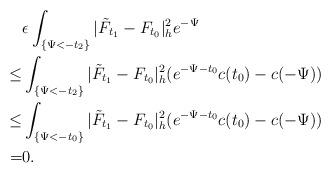
LaTeX: \begin{align*}&\epsilon\int_{\{\Psi<-t_2\}}|\tilde{F}_{t_1}-F_{t_0}|^2_he^{-\Psi}\\\le &\int_{\{\Psi<-t_2\}}|\tilde{F}_{t_1}-F_{t_0}|^2_h(e^{-\Psi-t_0}c(t_0)-c(-\Psi))\\\le &\int_{\{\Psi<-t_0\}}|\tilde{F}_{t_1}-F_{t_0}|^2_h(e^{-\Psi-t_0}c(t_0)-c(-\Psi))\\= &0.\end{align*}